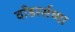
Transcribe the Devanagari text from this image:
वाँडरर्सच्या